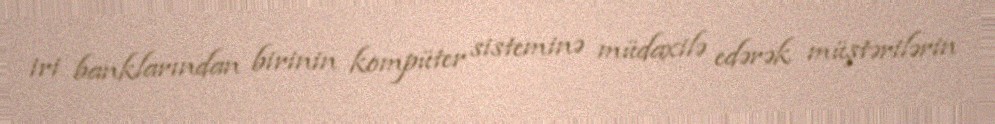
iri banklarından birinin kompüter sisteminə müdaxilə edərək müştərilərin